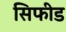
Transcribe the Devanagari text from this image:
सिफीड